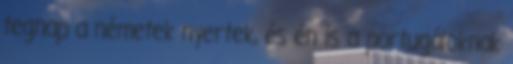
tegnap a németek nyertek, és én is a portugáloknak